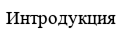
Интродукция